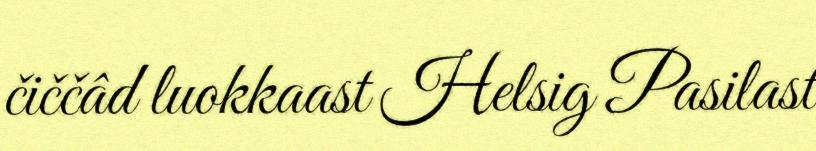
čiččâd luokkaast Helsig Pasilast